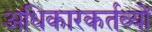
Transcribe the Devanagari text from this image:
अधिकारकर्तव्यों